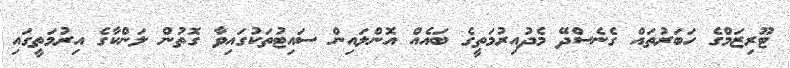
ޓޫރިޒަމްގެ ހަބަރުތައް ގެނެސްދޭ މެދުއިރުމަތީގެ ބައެއް އޮންލައިން ސައިޓުތަކުގައިވާ ގޮތުން ލަންކާގެ އިރުމަތީގައި